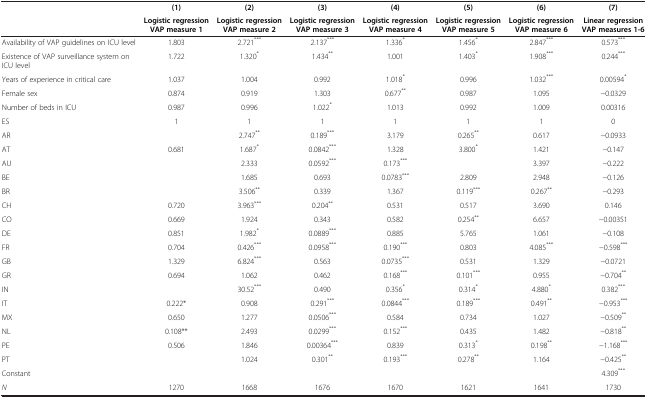
<table><thead><tr><td><b> </b></td><td><b>(1)</b></td><td><b>(2)</b></td><td><b>(3)</b></td><td><b>(4)</b></td><td><b>(5)</b></td><td><b>(6)</b></td><td><b>(7)</b></td></tr><tr><td><b> </b></td><td><b>Logistic regression VAP measure 1</b></td><td><b>Logistic regression VAP measure 2</b></td><td><b>Logistic regression VAP measure 3</b></td><td><b>Logistic regression VAP measure 4</b></td><td><b>Logistic regression VAP measure 5</b></td><td><b>Logistic regression VAP measure 6</b></td><td><b>Linear regression VAP measures 1-6</b></td></tr></thead><tbody><tr><td>Availability of VAP guidelines on ICU level</td><td>1.803</td><td>2.721<sup>***</sup></td><td>2.137<sup>***</sup></td><td>1.336<sup>*</sup></td><td>1.456<sup>*</sup></td><td>2.847<sup>***</sup></td><td>0.573<sup>***</sup></td></tr><tr><td>Existence of VAP surveillance system on ICU level</td><td>1.722</td><td>1.320<sup>*</sup></td><td>1.434<sup>**</sup></td><td>1.001</td><td>1.403<sup>*</sup></td><td>1.908<sup>***</sup></td><td>0.244<sup>***</sup></td></tr><tr><td>Years of experience in critical care</td><td>1.037</td><td>1.004</td><td>0.992</td><td>1.018<sup>*</sup></td><td>0.996</td><td>1.032<sup>***</sup></td><td>0.00594<sup>*</sup></td></tr><tr><td>Female sex</td><td>0.874</td><td>0.919</td><td>1.303</td><td>0.677<sup>**</sup></td><td>0.987</td><td>1.095</td><td>-0.0329</td></tr><tr><td>Number of beds in ICU</td><td>0.987</td><td>0.996</td><td>1.022<sup>*</sup></td><td>1.013</td><td>0.992</td><td>1.009</td><td>0.00316</td></tr><tr><td>ES</td><td>1</td><td>1</td><td>1</td><td>1</td><td>1</td><td>1</td><td>0</td></tr><tr><td>AR</td><td> </td><td>2.747<sup>**</sup></td><td>0.189<sup>***</sup></td><td>3.179</td><td>0.265<sup>**</sup></td><td>0.617</td><td>-0.0933</td></tr><tr><td>AT</td><td>0.681</td><td>1.687<sup>*</sup></td><td>0.0842<sup>***</sup></td><td>1.328</td><td>3.800<sup>*</sup></td><td>1.421</td><td>-0.147</td></tr><tr><td>AU</td><td> </td><td>2.333</td><td>0.0592<sup>***</sup></td><td>0.173<sup>***</sup></td><td> </td><td>3.397</td><td>-0.222</td></tr><tr><td>BE</td><td> </td><td>1.685</td><td>0.693</td><td>0.0783<sup>***</sup></td><td>2.809</td><td>2.948</td><td>-0.126</td></tr><tr><td>BR</td><td> </td><td>3.506<sup>**</sup></td><td>0.339</td><td>1.367</td><td>0.119<sup>***</sup></td><td>0.267<sup>**</sup></td><td>-0.293</td></tr><tr><td>CH</td><td>0.720</td><td>3.963<sup>***</sup></td><td>0.204<sup>**</sup></td><td>0.531</td><td>0.517</td><td>3.690</td><td>0.146</td></tr><tr><td>CO</td><td>0.669</td><td>1.924</td><td>0.343</td><td>0.582</td><td>0.254<sup>**</sup></td><td>6.657</td><td>-0.00351</td></tr><tr><td>DE</td><td>0.851</td><td>1.982<sup>*</sup></td><td>0.0889<sup>***</sup></td><td>0.885</td><td>5.765</td><td>1.061</td><td>-0.108</td></tr><tr><td>FR</td><td>0.704</td><td>0.426<sup>***</sup></td><td>0.0958<sup>***</sup></td><td>0.190<sup>***</sup></td><td>0.803</td><td>4.085<sup>***</sup></td><td>-0.598<sup>***</sup></td></tr><tr><td>GB</td><td>1.329</td><td>6.824<sup>***</sup></td><td>0.563</td><td>0.0735<sup>***</sup></td><td>0.531</td><td>1.329</td><td>-0.0721</td></tr><tr><td>GR</td><td>0.694</td><td>1.062</td><td>0.462</td><td>0.168<sup>***</sup></td><td>0.101<sup>***</sup></td><td>0.955</td><td>-0.704<sup>**</sup></td></tr><tr><td>IN</td><td> </td><td>30.52<sup>***</sup></td><td>0.490</td><td>0.356<sup>*</sup></td><td>0.314<sup>*</sup></td><td>4.880<sup>*</sup></td><td>0.382<sup>***</sup></td></tr><tr><td>IT</td><td>0.222*</td><td>0.908</td><td>0.291<sup>***</sup></td><td>0.0844<sup>***</sup></td><td>0.189<sup>***</sup></td><td>0.491<sup>**</sup></td><td>-0.953<sup>***</sup></td></tr><tr><td>MX</td><td>0.650</td><td>1.277</td><td>0.0506<sup>***</sup></td><td>0.584</td><td>0.734</td><td>1.027</td><td>-0.509<sup>**</sup></td></tr><tr><td>NL</td><td>0.108**</td><td>2.493</td><td>0.0299<sup>***</sup></td><td>0.152<sup>***</sup></td><td>0.435</td><td>1.482</td><td>-0.818<sup>**</sup></td></tr><tr><td>PE</td><td>0.506</td><td>1.846</td><td>0.00364<sup>***</sup></td><td>0.839</td><td>0.313<sup>*</sup></td><td>0.198<sup>**</sup></td><td>-1.168<sup>***</sup></td></tr><tr><td>PT</td><td> </td><td>1.024</td><td>0.301<sup>**</sup></td><td>0.193<sup>***</sup></td><td>0.278<sup>**</sup></td><td>1.164</td><td>-0.425<sup>**</sup></td></tr><tr><td>Constant</td><td> </td><td> </td><td> </td><td> </td><td> </td><td> </td><td>4.309<sup>***</sup></td></tr><tr><td><i>N</i></td><td>1270</td><td>1668</td><td>1676</td><td>1670</td><td>1621</td><td>1641</td><td>1730</td></tr></tbody></table>